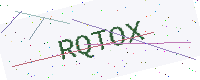
Text: RQTOX